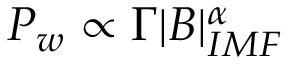
P _ { w } \propto \Gamma | B | _ { I M F } ^ { \alpha }